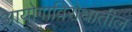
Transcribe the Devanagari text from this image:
आयोगाविरोधातील